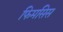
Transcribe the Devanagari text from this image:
फिमसिस